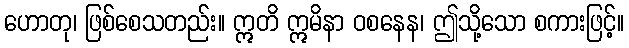
ဟောတု၊ ဖြစ်စေသတည်း။ ဣတိ ဣမိနာ ဝစနေန၊ ဤသို့သော စကားဖြင့်။